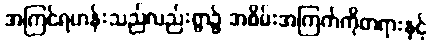
အကြင်ရဟန်းသည်လည်းရွာ၌ အစိမ်းအကြက်ကိုတရားနှင့်